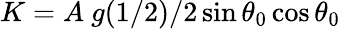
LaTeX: K=A\ g(1/2)/2\sin\theta_{0}\cos\theta_{0}